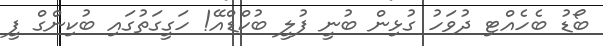
ބޯޑު ބެހެއްޓި ދުވަހު ގުޅިން ބުނީ ފުލީ ބުކްޑްއޭ! ހަގީގަތުގައި ބުކިންގް ފީ